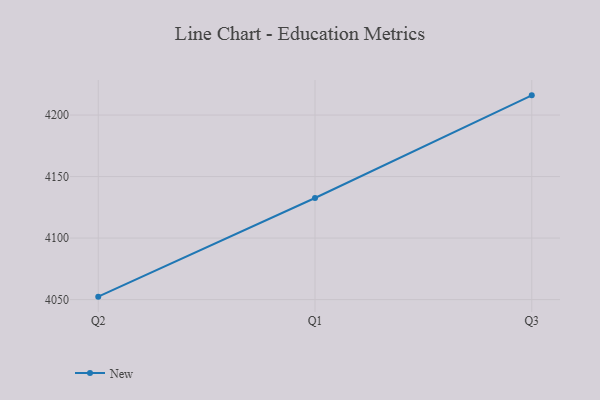
{"axis": {"x": "Quarter", "y": "Active Users"}, "legend": ["New"], "data": [{"x": "Q2", "y": 4052.4, "type": "New"}, {"x": "Q1", "y": 4132.6, "type": "New"}, {"x": "Q3", "y": 4216.0, "type": "New"}]}